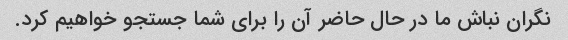
نگران نباش ما در حال حاضر آن را برای شما جستجو خواهیم کرد.